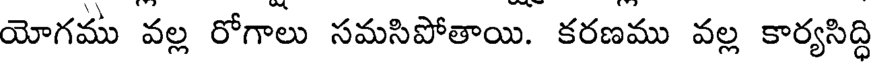
యోగము వల్ల రోగాలు సమసిపోతాయి. కరణము వల్ల కార్యసిద్ధి